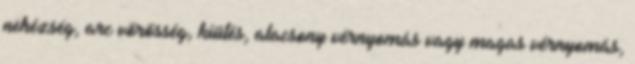
nehézség, arc vörösség, kiütés, alacsony vérnyomás vagy magas vérnyomás,